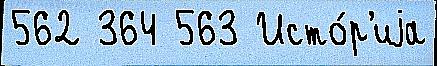
562 364 563 Исто́р'иjа